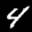
Label: 4